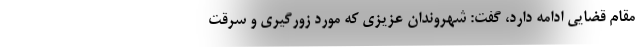
مقام قضایی ادامه دارد، گفت: شهروندان عزیزی که مورد زورگیری و سرقت